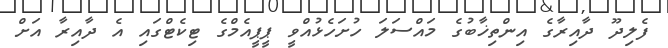
ފެލިދޫ ދާއިރާގެ އިންތިޚާބުގެ މައްސަލަ ހުށަހެޅުއްވީ ޕީޕީއެމްގެ ޓިކެޓްގައި އެ ދާއިރާ އަށް